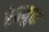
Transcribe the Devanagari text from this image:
रेतयुक्त